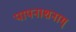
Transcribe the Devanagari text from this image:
पापनाशनाम्